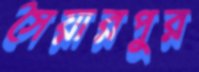
সৈয়ারপুর